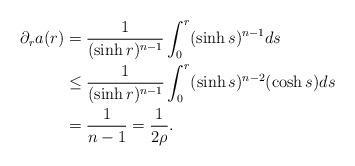
LaTeX: \begin{align*} \partial_r a (r) & = \frac{1}{(\sinh r)^{n-1}} \int_0^r (\sinh s)^{n-1} ds \\ & \leq \frac{1}{(\sinh r)^{n-1}} \int_0^r (\sinh s)^{n-2} (\cosh s) ds \\ &= \frac{1}{n-1} = \frac{1}{2\rho}.\end{align*}